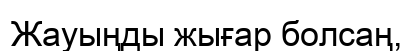
Жауыңды жығар болсаң,